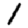
Digit: 1